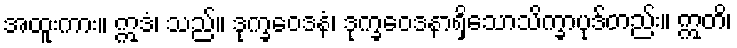
အထူးကား။ ဣဒံ၊ သည်။ ဒုက္ခဝေဒနံ၊ ဒုက္ခဝေဒနာရှိသောသိက္ခာပုဒ်တည်း။ ဣတိ၊